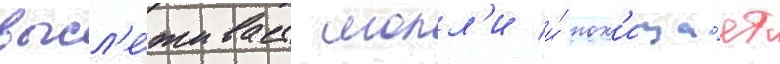
высл'е́живает молл'и и́ пох'ища́ет